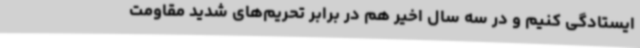
ایستادگی‌ کنیم و در سه سال اخیر هم در برابر تحریم‌های شدید مقاومت